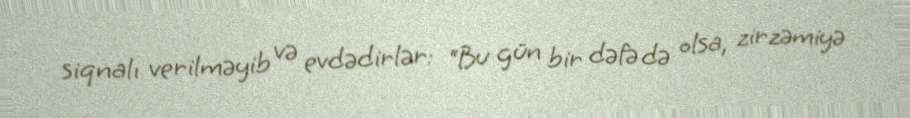
siqnalı verilməyib və evdədirlər: “Bu gün bir dəfə də olsa, zirzəmiyə